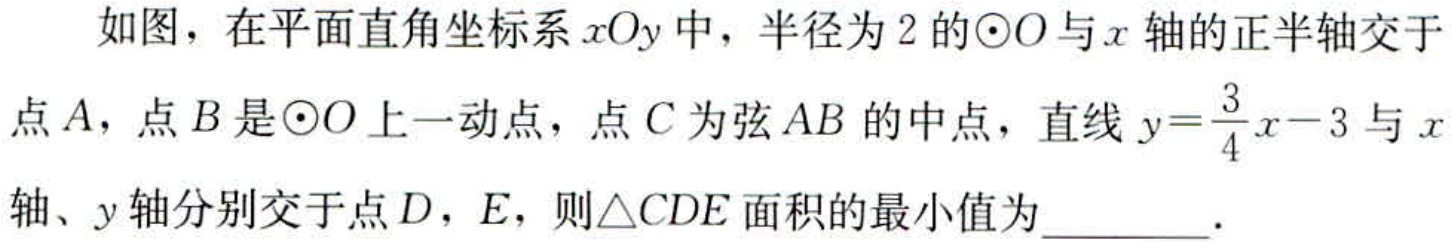
如图，在平面直角坐标系\(xOy\)中，半径为\(2\)的\(\odot O\)与\(x\)轴的正半轴交于点\(A\)，点\(B\)是\(\odot O\)上一动点，点\(C\)为弦\(AB\)的中点，直线\(y = \frac{3}{4}x - 3\)与\(x\)轴、\(y\)轴分别交于点\(D\)，\(E\)，则\(\triangle CDE\)面积的最小值为________．